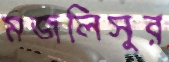
মজলিসুর